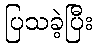
ပြသခဲ့ပြီး